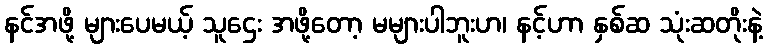
နင်အဖို့ များပေမယ့် သူဌေး အဖို့တော့ မများပါဘူးဟ၊ နင့်ဟာ နှစ်ဆ သုံးဆတိုးနဲ့